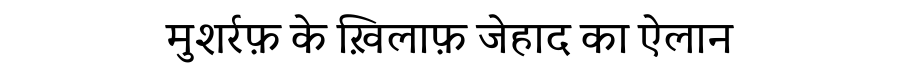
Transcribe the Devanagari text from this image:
मुशर्रफ़ के ख़िलाफ़ जेहाद का ऐलान